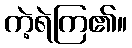
ကဲ့ရဲကြ၏။